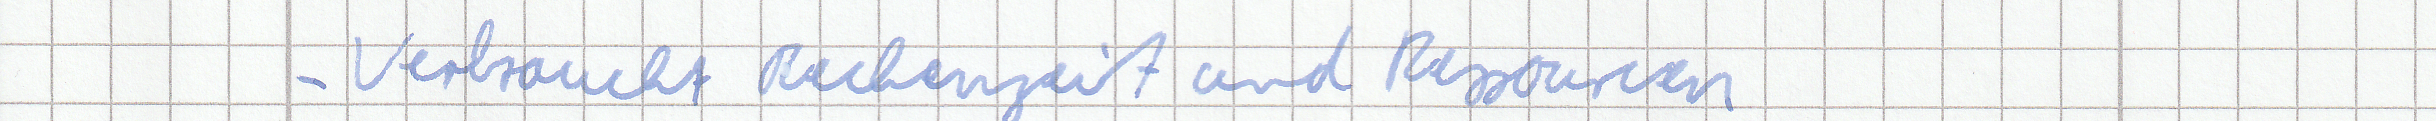
- Verbraucht Rechenzeit und Ressourcen